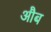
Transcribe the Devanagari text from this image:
औब